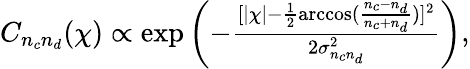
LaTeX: \begin{array}{r}{C_{n_{c}n_{d}}(\chi)\propto\exp\left(-\frac{[|\chi|-\frac{1}{2}\operatorname{arccos}(\frac{n_{c}-n_{d}}{n_{c}+n_{d}})]^{2}}{2\sigma_{n_{c}n_{d}}^{2}}\right),}\end{array}